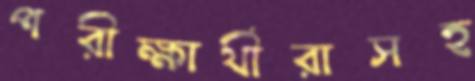
পরীক্ষার্থীরাসহ